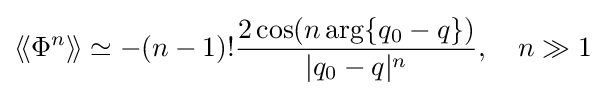
\langle \!\langle \Phi ^{n}\rangle \!\rangle \simeq -(n-1)!{\frac {2\cos(n\arg\{q_{0}-q\})}{|q_{0}-q|^{n}}},\quad n\gg 1